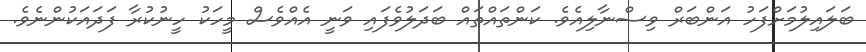
ބަލައިލުމަށްފަހު އަންބަރް ވިސްނާލިއެވެ. ކަންތައްތައް ބަދަލުވެފައި ވަނީ އެއްވެސް މީހަކު ހީނުކުރާ ފަދައަކުންނެވެ.